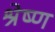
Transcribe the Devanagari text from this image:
श्रेष्‍ण